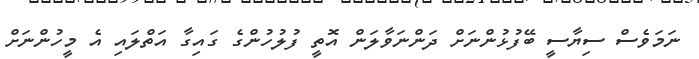
ނަމަވެސް ސިޔާސީ ބޭފުޅުންނަށް ދަންނަވާލަން އޮތީ ފުލުހުންގެ ގައިގާ އަތްލައި އެ މީހުންނަށް